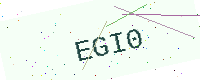
Text: EGI0